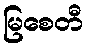
မြစေတီ